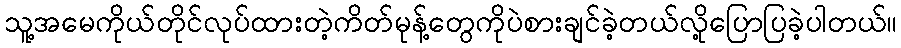
သူ့အမေကိုယ်တိုင်လုပ်ထားတဲ့ကိတ်မုန့်တွေကိုပဲစားချင်ခဲ့တယ်လို့ပြောပြခဲ့ပါတယ်။